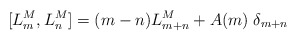
\begin{align*}[L_m^M, L_n^M]=(m-n) L_{m+n}^M+A(m)\;\delta_{m+n}\end{align*}